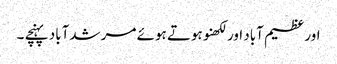
اور عظیم آباد اور لکھنو ہوتے ہوئے مرشدآباد پہنچے ۔